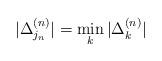
LaTeX: \begin{align*}|\Delta_{j_n}^{(n)}|=\min_k|\Delta_k^{(n)}| \end{align*}